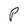
Character: P